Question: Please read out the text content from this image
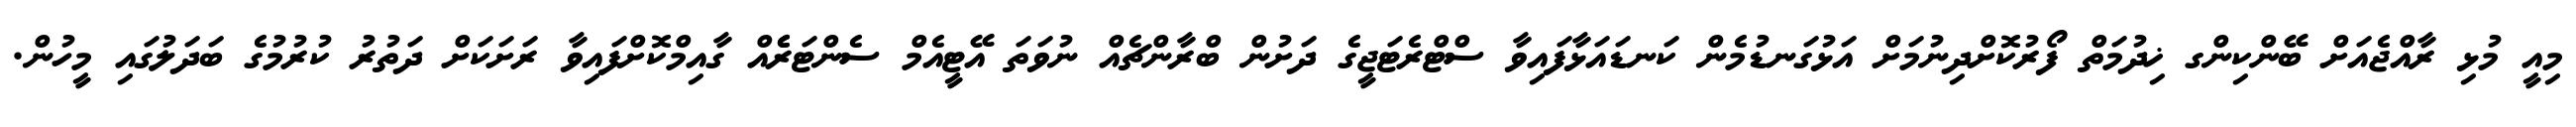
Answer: މިއީ މުޅި ރާއްޖެއަށް ބޭންކިންގ ޚިދުމަތް ފޯރުކޮށްދިނުމަށް އަޅުގަނޑުމެން ކަނޑައަޅާފައިވާ ސްޓްރެޓަޖީގެ ދަށުން ބްރާންޗެއް ނުވަތަ އޭޓީއެމް ސެންޓަރެެއް ގާއިމްކޮށްފައިވާ ރަށަކަށް ދަތުރު ކުރުމުގެ ބަދަލުގައި މީހުން.